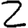
Digit: 2